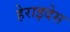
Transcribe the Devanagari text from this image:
हेराइदेस